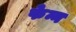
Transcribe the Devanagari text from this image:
फेन्न